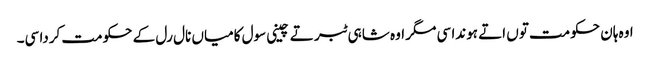
اوہ ہان حکومت توں اتے ہوندا سی مگر اوہ شاہی ٹبر تے چینی سول کامیاں نال رل کے حکومت کردا سی۔